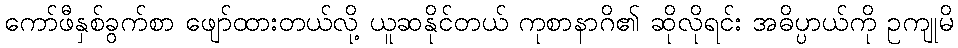
ကော်ဖီနှစ်ခွက်စာ ဖျော်ထားတယ်လို့ ယူဆနိုင်တယ် ကုစာနာဂိ၏ ဆိုလိုရင်း အဓိပ္ပာယ်ကို ဥကျုမိ